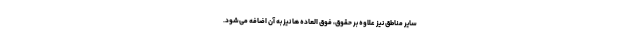
سایر مناطق نیز علاوه بر حقوق، فوق العاده ها نیز به آن اضافه می‌شود.